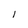
Character: 1